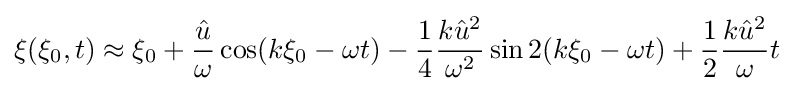
\xi (\xi _{0},t)\approx \xi _{0}+{\frac {\hat {u}}{\omega }}\cos(k\xi _{0}-\omega t)-{\frac {1}{4}}{\frac {k{\hat {u}}^{2}}{\omega ^{2}}}\sin 2(k\xi _{0}-\omega t)+{\frac {1}{2}}{\frac {k{\hat {u}}^{2}}{\omega }}t